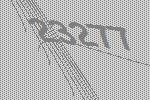
23277